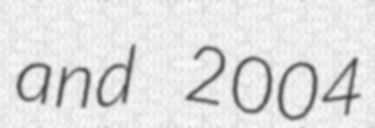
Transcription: and 2004